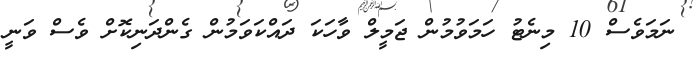
ނަމަވެސް 10 މިނެޓު ހަމަވުމުން ޖަމީލް ވާހަކަ ދައްކަވަމުން ގެންދަނިކޮށް ވެސް ވަނީ